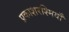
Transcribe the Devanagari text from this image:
प्रकाशरश्मियाँ